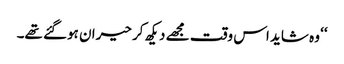
‘‘ وہ شاید اس وقت مجھے دیکھ کر حیران ہوگئے تھے۔